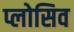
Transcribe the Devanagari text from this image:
प्लोसिव